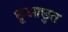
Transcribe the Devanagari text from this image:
छूआछुत